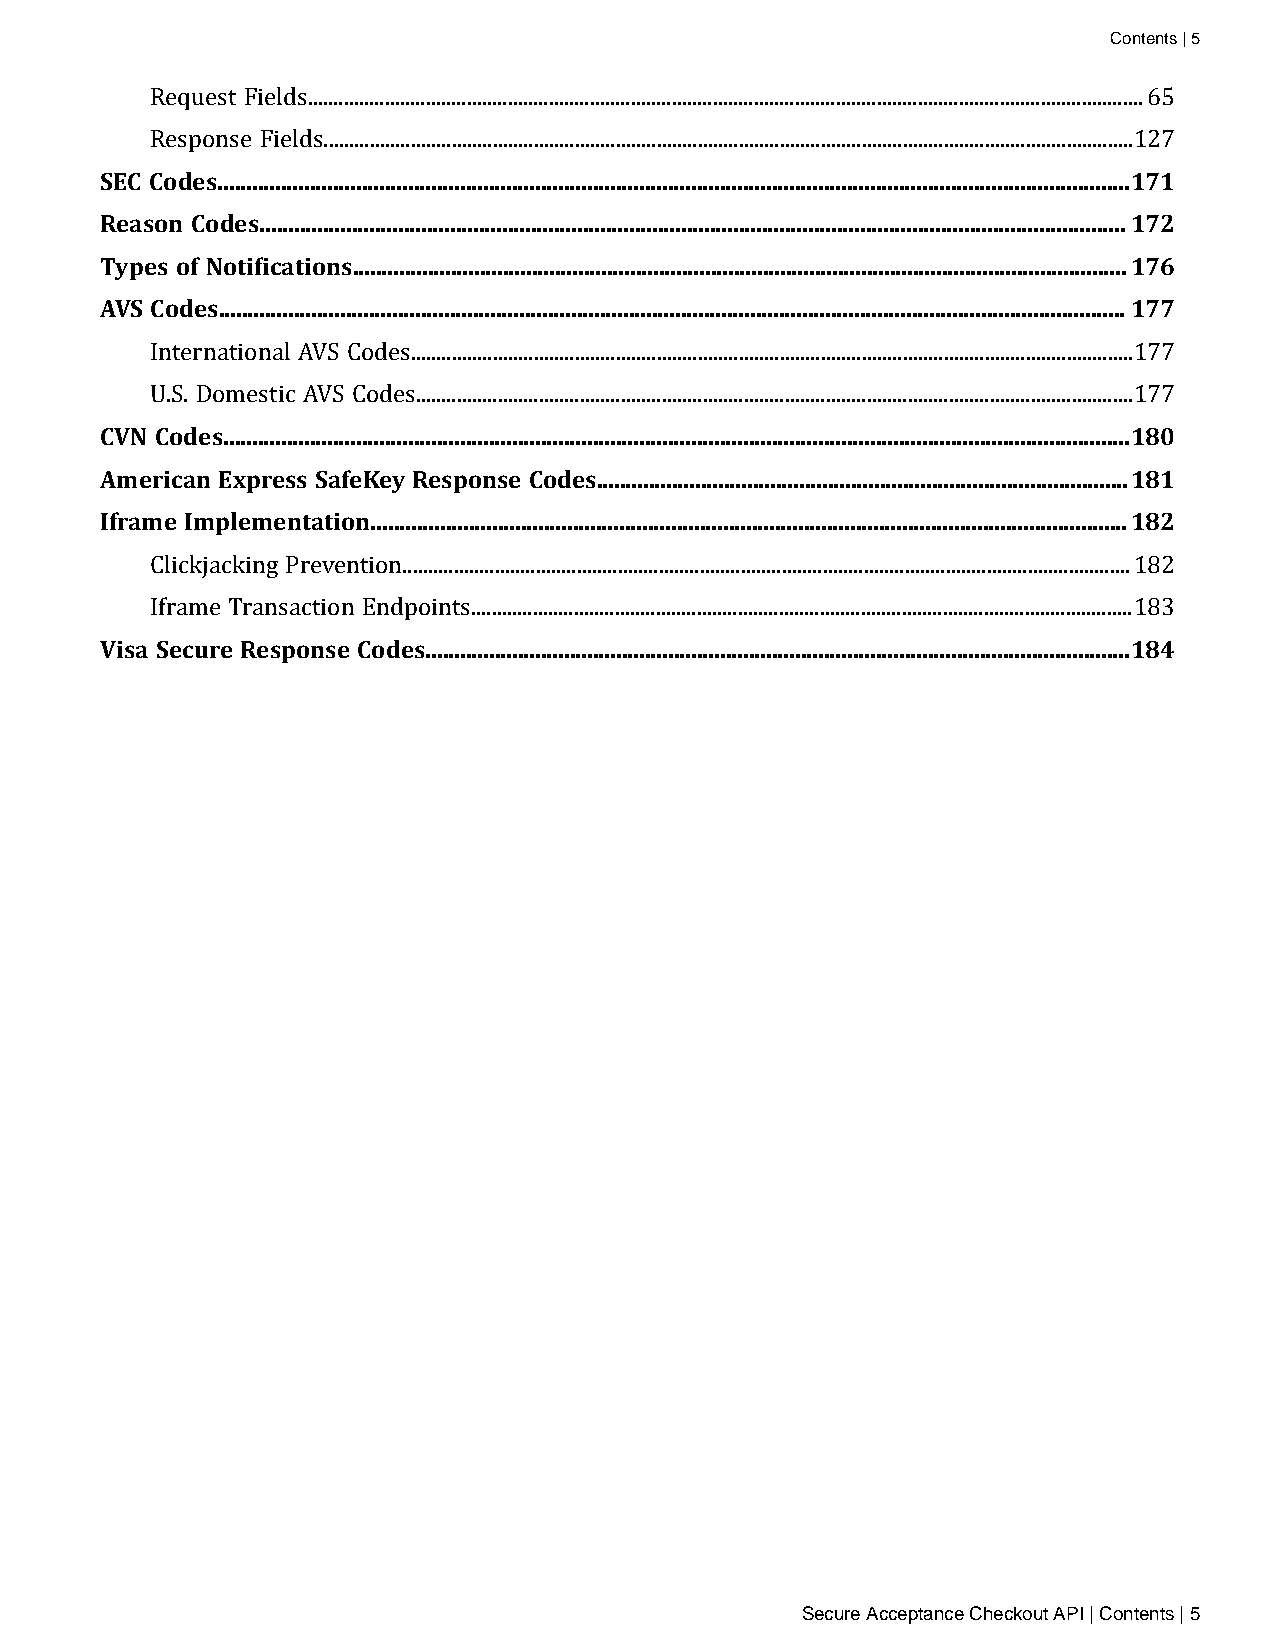
Contents | 5
 Request Fields...................................................................................................................................................................65
 SEC Codes..............................................................................................................................................................171
 Response Fields..............................................................................................................................................................127
 Reason Codes......................................................................................................................................................172
 Types of Notifications......................................................................................................................................176
 AVS Codes.............................................................................................................................................................177
 International AVS Codes.............................................................................................................................................177
 CVN Codes.............................................................................................................................................................180
 U.S. Domestic AVS Codes............................................................................................................................................177
 American Express SafeKey Response Codes............................................................................................181
 Iframe Implementation...................................................................................................................................182
 Clickjacking Prevention..............................................................................................................................................182
 Visa Secure Response Codes..........................................................................................................................184
 Iframe Transaction Endpoints.................................................................................................................................183
 Secure Acceptance Checkout API | Contents | 5